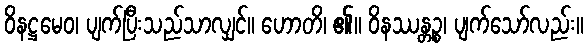
ဝိနဋ္ဌမေဝ၊ ပျက်ပြီးသည်သာလျှင်။ ဟောတိ၊ ၏။ ဝိနဿန္တဉ္စ၊ ပျက်သော်လည်း။